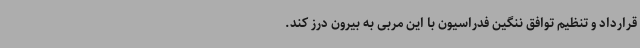
قرارداد و تنظیم توافق ننگین فدراسیون با این مربی به بیرون درز کند.